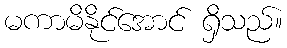
မကာမိနိုင်အောင် ရှိသည်။